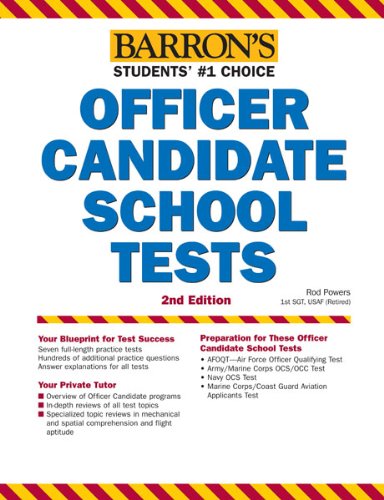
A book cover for Barron's Officer Candidate School Tests, 2nd Edition; Rod Powers; Test Preparation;